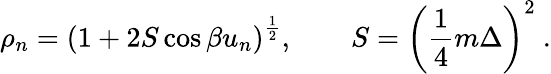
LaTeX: \rho_{n}=\left(1+2S\cos\beta u_{n}\right)^{\frac{1}{2}},\qquad S=\left({\frac{1}{4}}m\Delta\right)^{2}\ .